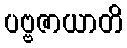
ပဗ္ဗဇာယာတိ